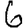
Digit: 6